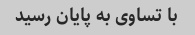
با تساوی به پایان رسید